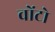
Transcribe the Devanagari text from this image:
वोंटो